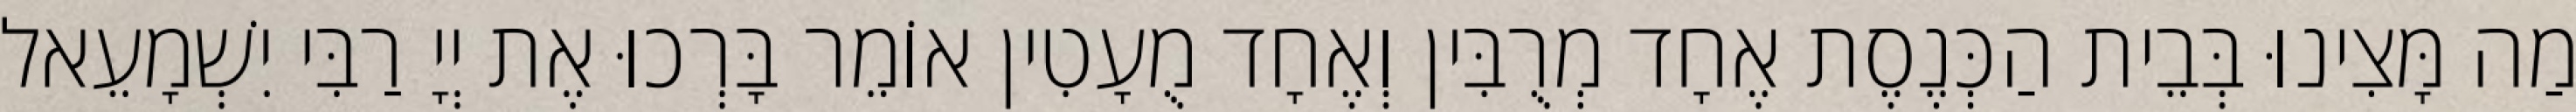
מַה מָּצִינוּ בְּבֵית הַכְּנֶסֶת אֶחָד מְרֻבִּין וְאֶחָד מֻעָטִין אוֹמֵר בָּרְכוּ אֶת יְיָ רַבִּי יִשְׁמָעֵאל